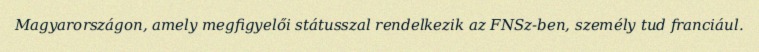
Magyarországon, amely megfigyelői státusszal rendelkezik az FNSz-ben, személy tud franciául.